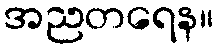
အညတရေန။